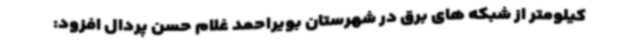
کیلومتر از شبکه های برق در شهرستان بویراحمد غلام حسن پردال افزود: